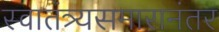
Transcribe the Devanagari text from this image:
स्वातंत्र्यसमारानंतर